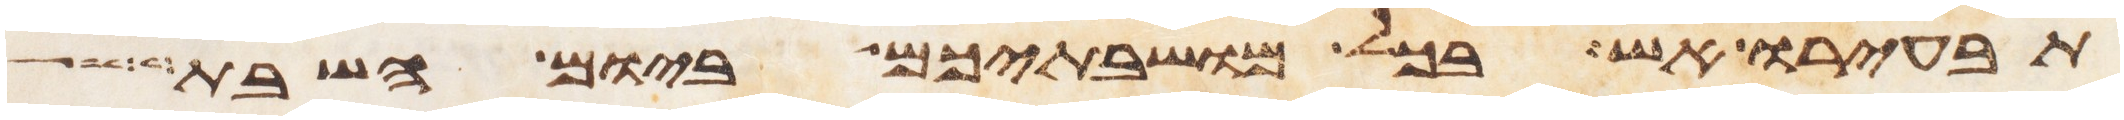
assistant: תבעירו אש בכל מושבתיכם ביום השבת